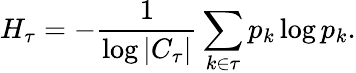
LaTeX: H_{\tau}=-\frac{1}{\log|C_{\tau}|}\sum_{k\in\tau}p_{k}\log p_{k}.